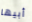
أبيها